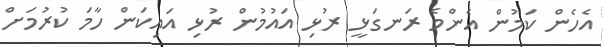
އެހެން ކަމުން އެންމެ ރަނގަޅީ ރުޅި އައުމުން ރުޅި އައިކަން ހާމަ ކުރުމަށް